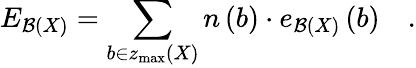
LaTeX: E_{{\cal B}\left(X\right)}=\sum_{b\in z_{\operatorname*{max}}\left(X\right)}n\left(b\right)\cdot e_{{\cal B}\left(X\right)}\left(b\right)\quad.